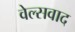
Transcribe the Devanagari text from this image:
वेल्सवाद